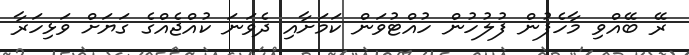
ރޭ ބޭއްވި މާހެފުން ފުލުހުން ހުއްޓުވަން ކަމަށާއި ދެވަނަ ކުއްޖެއްގެ ގަޔަށް ވަޅިހަރާ